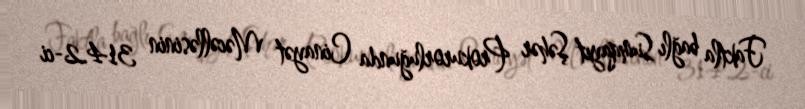
Faktla bağlı Sumqayıt Şəhər Prokurorluğunda Cinayət Məcəlləsinin 314.2-ci